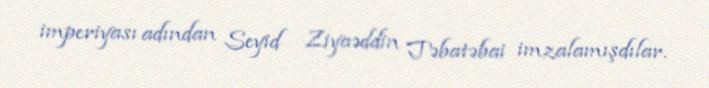
imperiyası adından Seyid Ziyaəddin Təbatəbai imzalamışdılar.